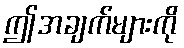
ဤအချက်များကို